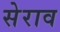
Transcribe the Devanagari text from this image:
सेराव